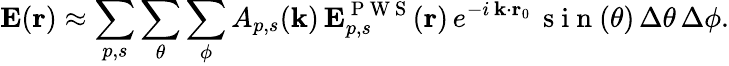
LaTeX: \mathbf{E}(\mathbf{r})\approx\sum_{p,s}\sum_{\theta}\sum_{\phi}A_{p,s}(\mathbf{k})\, \mathbf{E}_{p,s}^{\mathrm{~P~W~S~}}(\mathbf{r})\, e^{-i\, \mathbf{k}\cdot\mathbf{r}_{0}}\, \mathrm{~s~i~n~}(\theta)\, \Delta\theta\, \Delta\phi.